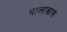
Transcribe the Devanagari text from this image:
पालाब्रास